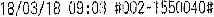
18/03/18 09:03 #002-1550040#